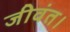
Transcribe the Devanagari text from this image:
जीवंत।